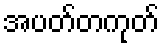
အပတ်တကုတ်